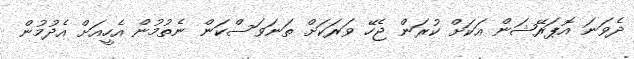
ދެވަނަ އޮޕަރޭޝަން އަކަށް ކުރަން ޖެހޭ ވަރަކަށް ތަނަވަސްކަން ނެތުމުން އެހީއަށް އެދުމުން